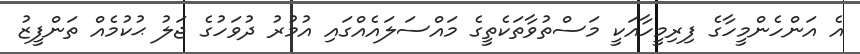
އެ އަންހެންމީހާގެ ފިރިމީހާއަކީ މަސްތުވާތަކެތީގެ މައްސަލައެއްގައި އުމުރު ދުވަހުގެ ޖަލު ޙުކުމެއް ތަންފީޒު